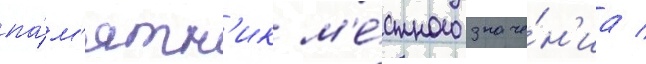
па́м'ятн'ик м'е́стного значе́н'иа /